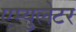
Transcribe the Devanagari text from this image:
एम्युलेटर